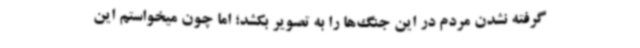
گرفته نشدن مردم در این جنگ‌ها را به تصویر بکشد؛ اما چون میخواستم این